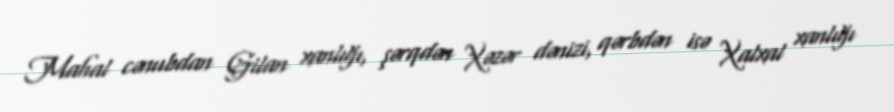
Mahal cənubdan Gilan xanlığı, şərqdən Xəzər dənizi, qərbdən isə Xalxal xanlığı